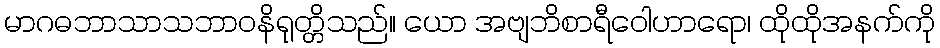
မာဂဓဘာသာသဘာဝနိရုတ္တိသည်။ ယော အဗျဘိစာရီဝေါဟာရော၊ ထိုထိုအနက်ကို